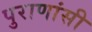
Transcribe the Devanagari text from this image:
पुराणांसी